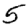
Digit: 5